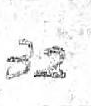
32